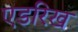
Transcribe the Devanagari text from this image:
एडरिख